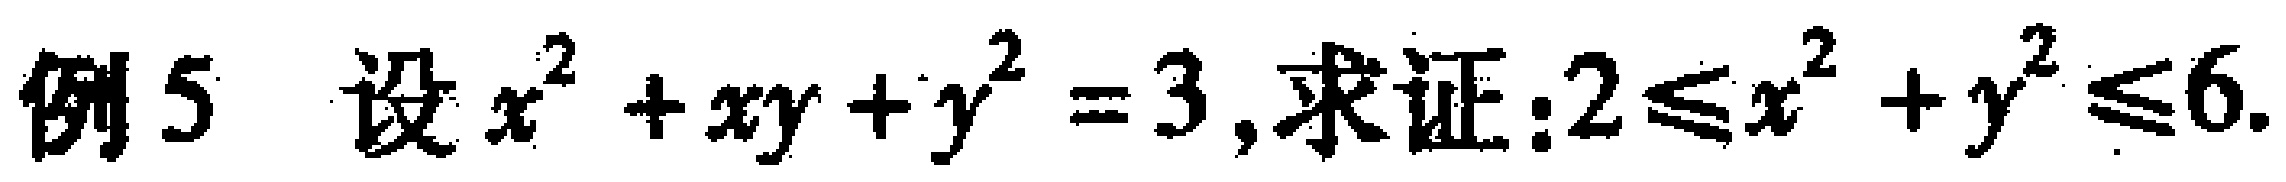
例5 设$x^{2}+xy + y^{2}=3$,求证:$2\leqslant x^{2}+y^{2}\leqslant6$.